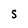
Character: S